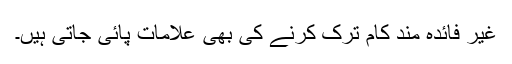
غیر فائدہ مند کام ترک کرنے کی بھی علامات پائی جاتی ہیں۔